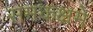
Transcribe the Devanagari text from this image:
समकक्षमे